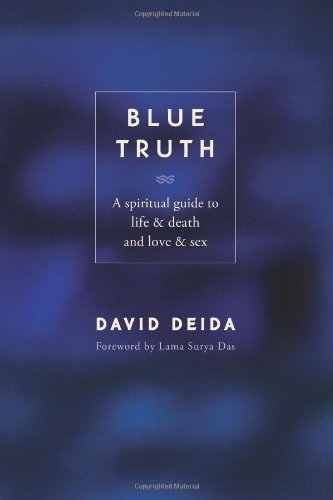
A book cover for Blue Truth: A Spiritual Guide to Life & Death and Love & Sex; David Deida; Religion & Spirituality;